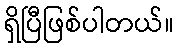
ရှိပြီဖြစ်ပါတယ်။